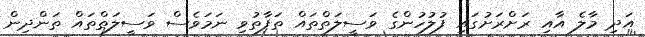
އަދި މާލެ އާއި ރަށްރަށުގައި ފުލުހުންގެ ވަސީލަތްތައް ތަފާތުވި ނަމަވެސް ވަސީލަތްތައް ތަންދިން